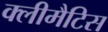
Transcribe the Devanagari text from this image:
क्लीमैटिस